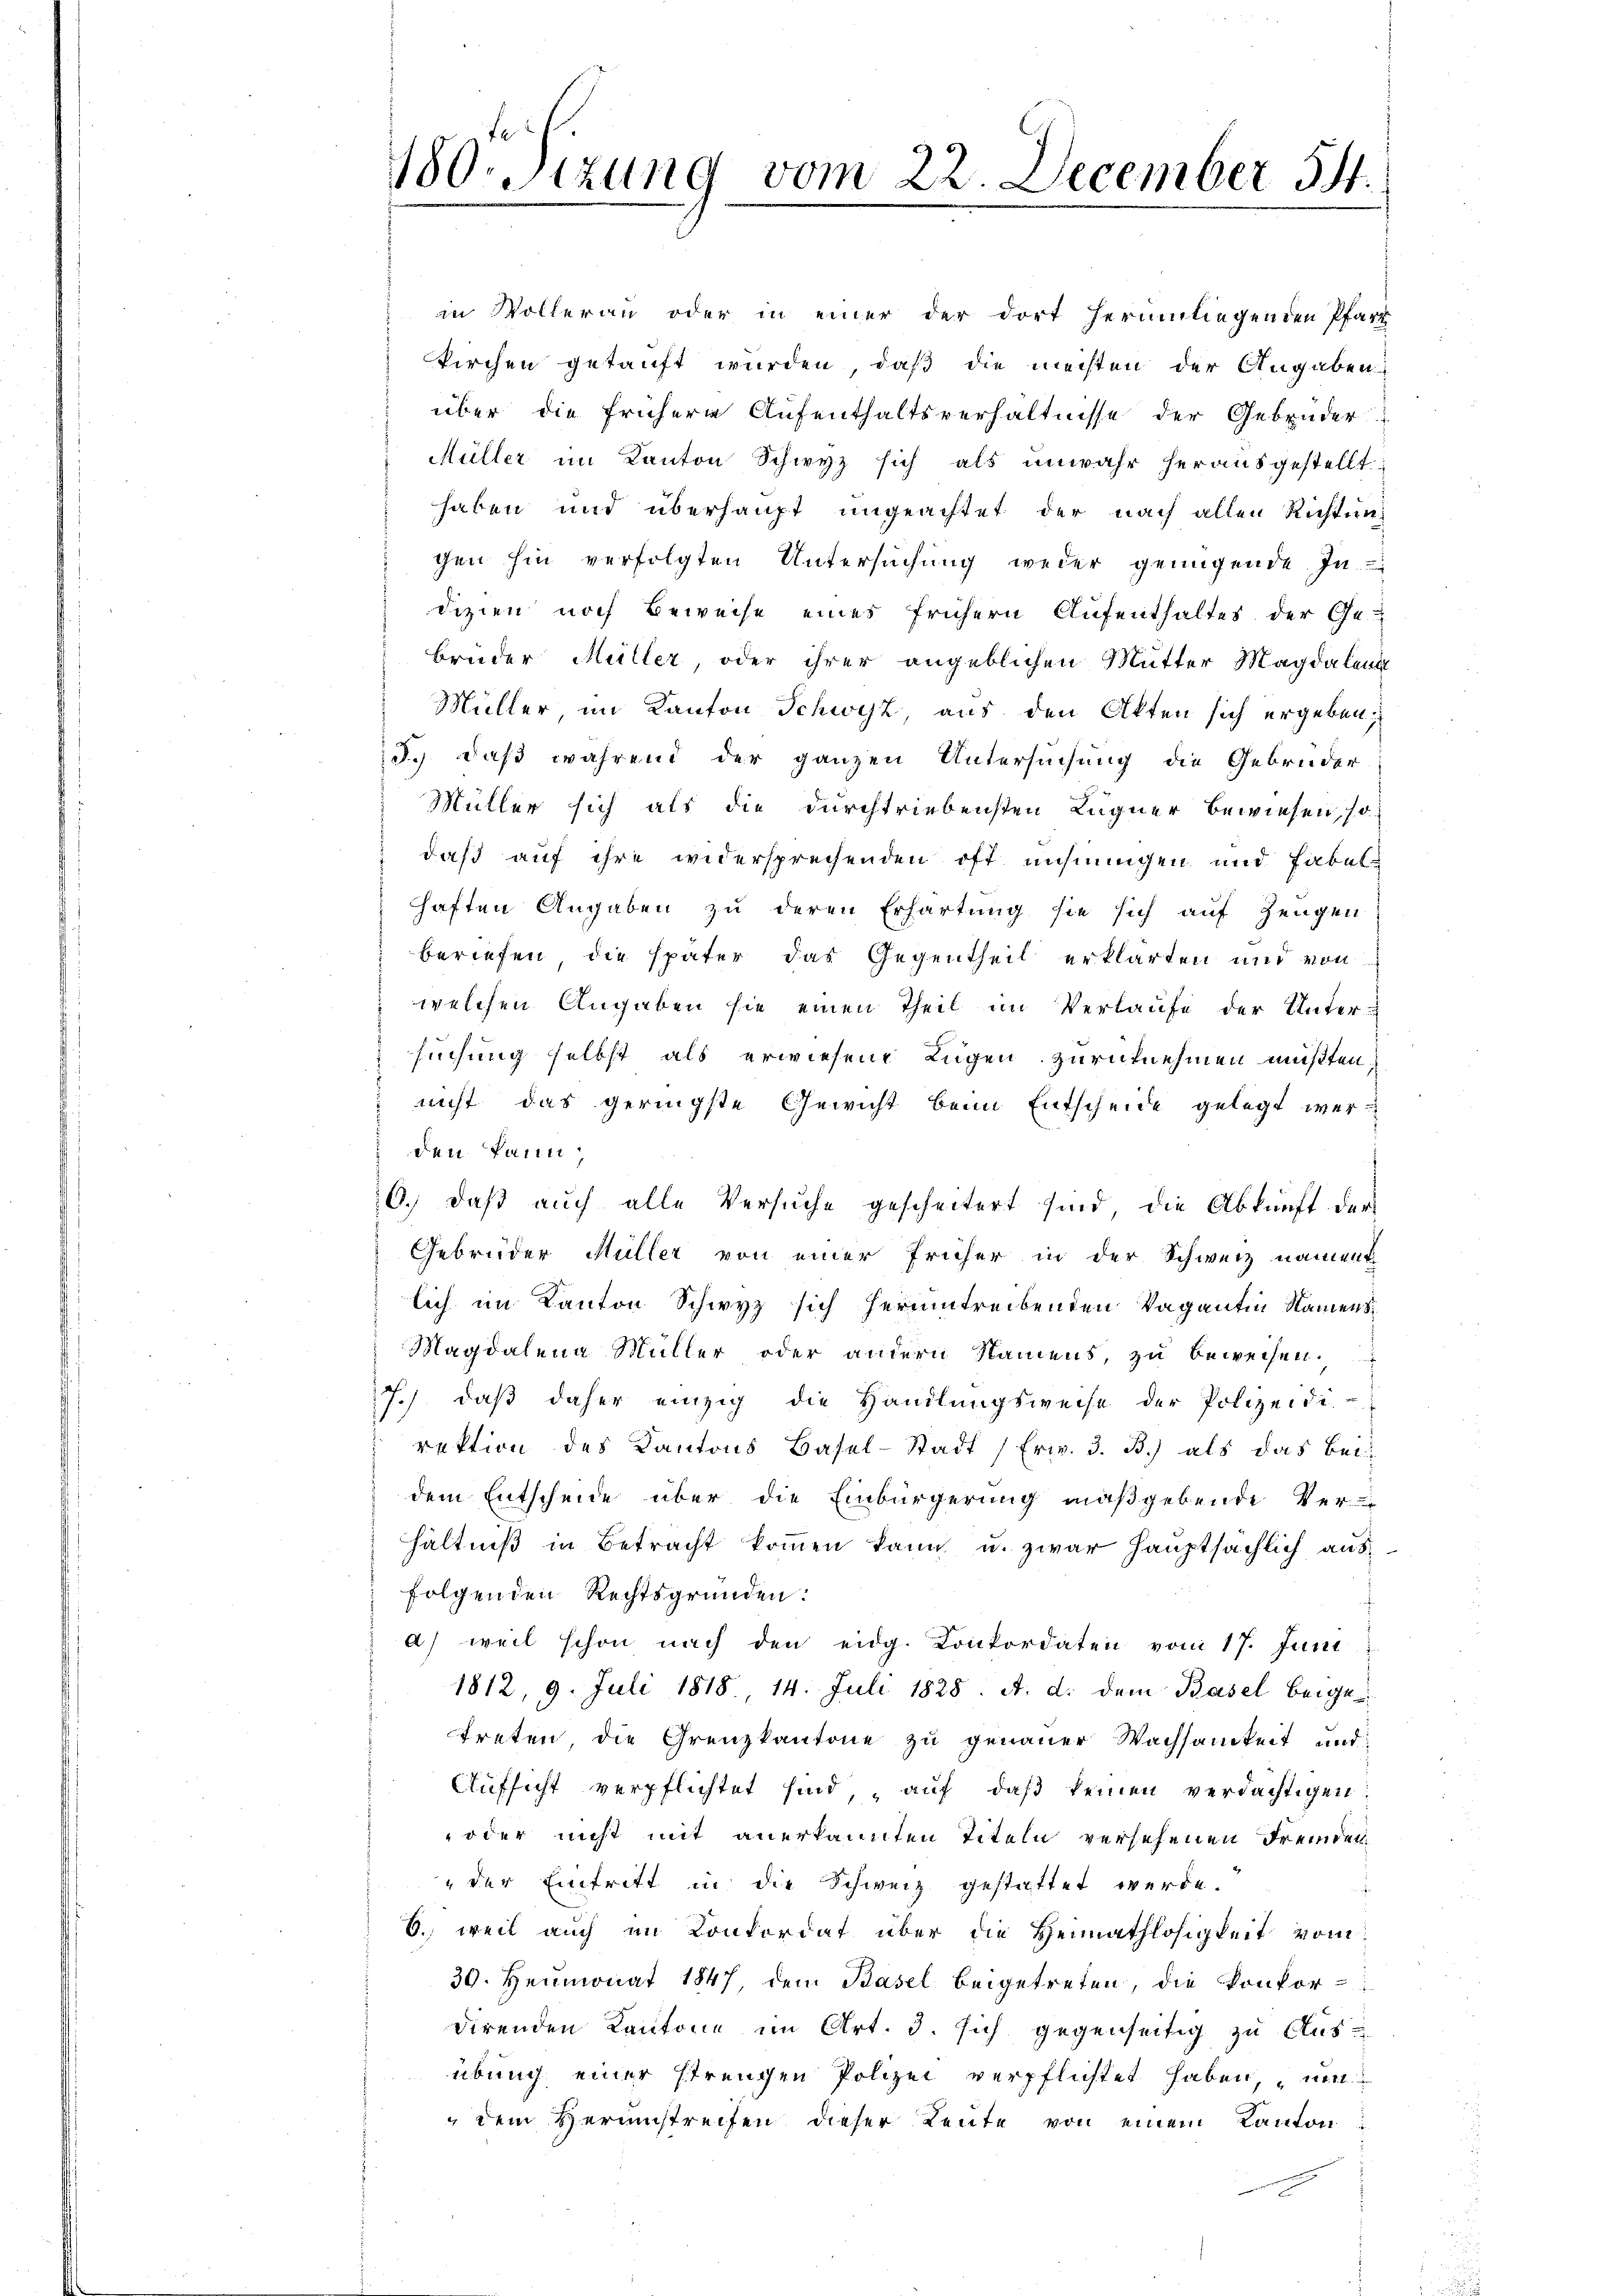
180stzung vom 22. December 54.

in Vollerau oder in einer der dort herumliegenden Pfarr
kirchen getauft wurden, daß die mechten der Angaben
über die frühere Aufenthaltsverhältnisse der Gebrüder
Müller im Kanton Schwyz sich als unwahr herausgestellt
haben und überhaupt ungeachtet der nach allen Richtung
gen hin verfolgten Untersuchung weder genügende In-
dizien noch Beweise eines frühern Aufenthaltes der Ge-
bruder Müller, oder ihrer angeblichen Mutter Magdalen
Müller im Kanton Schwyz, aus den Akten sich ergeben:
J.) daß während der ganzen Untersuchung die Gebrüder
Müller sich als die durchtriebensten Lugner bewiesen, so
daß auf ihre widersprechenden oft nehmigen und fabelhaften Angaben zu deren Erhartung sie sich auf Zeugen
beriefen, die später das Gegentheil erklärten und von
welchen Angaben sie einen Theil im Verlaufe der Unter-
suchung selbst als erwiesene Lügen zurücknehmen mußten
nicht das geringste Gewicht beim Entscheide gelegt werden kann
6.) daß auch alle Versuche gescheitert sind, die Abkunft der
Gebrüder Müller von einer früher in der Schweiz nament-
lich im Kanton Schwyz sich herumtreibenden Vagantin Namens
Magdalena Müller oder andern Namens, zu beweisen.
7.) daβ daher einzig die Handlŭngsweise der Polizeidi-
rektion des Kantons Basel-Stadt (Erw. 3. B.) als das bei
dem Entscheide über die Einbürgerung maßgebende Ver-
hältniβ in Betracht kommen kann u. zwar hauptsächlich aus
folgenden Rechtsgründen:
a) weil schon nach den eidg. Konkordaten vom 17. Juni
1812, 9. Juli 1818, 14. Juli 1828. A. d. dem Basel beigetreten die Grenzkantone zu genauer Wachsamkeit und
Aufsicht verpflichtet sind, auf daß keinen verdächtigen:
 oder nicht mit anerkannten Titeln versehenen Fremden¬
"der Eintritt in die Schweiz gestattet werde.
6. weil auch im Konkordat über die Heimathlosigkeit vom
30. Heumonat 1847, dem Basel beigetreten, die Konkordirenden Kantone im Art. 3. sich gegenseitig zu Aus
übung einer strengen Polizei verpflichtet haben, um
dem Herumstreifen dieser Leute von einem Kanton